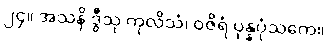
၂၄။ အသနိ ဒွီသု ကုလိသံ၊ ဝဇိရံ ပုန္နပုံသကေ။